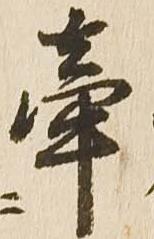
牽